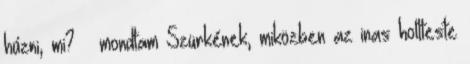
húzni, mi? – mondtam Szürkének, miközben az inas holtteste